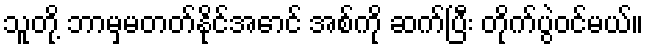
သူတို့ ဘာမှမတတ်နိုင်အောင် အစ်ကို ဆက်ပြီး တိုက်ပွဲဝင်မယ်။